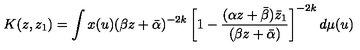
K ( z , z _ { 1 } ) = \int x ( u ) ( \beta z + \bar { \alpha } ) ^ { - 2 k } \left[ 1 - \frac { ( \alpha z + \bar { \beta } ) \bar { z } _ { 1 } } { ( \beta z + \bar { \alpha } ) } \right] ^ { - 2 k } d \mu ( u )